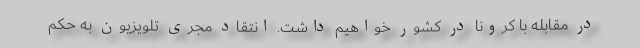
در مقابله با کرونا در کشور خواهیم داشت. انتقاد مجری تلویزیون به حکم